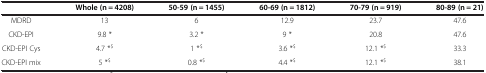
|  | Whole (n = 4208) | 50-59 (n = 1455) | 60-69 (n = 1812) | 70-79 (n = 919) | 80-89 (n = 21) |
 | --- | --- | --- | --- | --- | --- |
 | MDRD | 13 | 6 | 12.9 | 23.7 | 47.6 |
 | CKD-EPI | 9.8 * | 3.2 * | 9 * | 20.8 | 47.6 |
 | CKD-EPI Cys | 4.7 *$ | 1 *$ | 3.6 *$ | 12.1 *$ | 33.3 |
 | CKD-EPI mix | 5 *$ | 0.8 *$ | 4.4 *$ | 12.1 *$ | 38.1 |